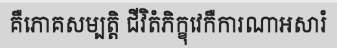
គឺភោគសម្បត្តិ ជីវិតំភិក្ខុវេកឺការណាអសារំ